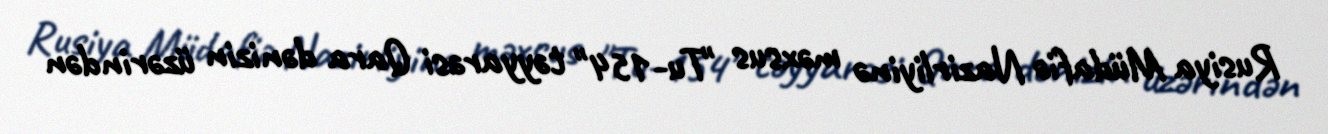
Rusiya Müdafiə Nazirliyinə məxsus "Tu-154" təyyarəsi Qara dənizin üzərindən